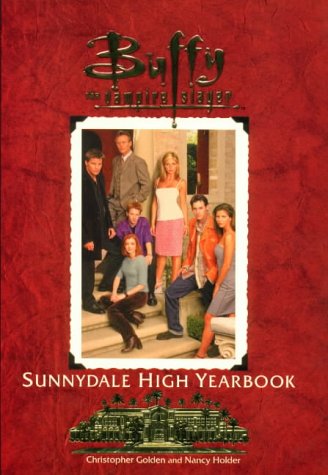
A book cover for The Sunnydale High Yearbook Buffy The Vampire Slayer; Christopher Golden; Teen & Young Adult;